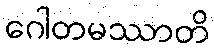
ဂေါတမဿာတိ